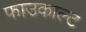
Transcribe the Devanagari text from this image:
फाउकाल्ट